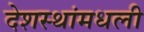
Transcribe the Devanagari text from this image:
देशस्थांमधली